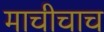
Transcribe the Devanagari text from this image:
माचीचाच